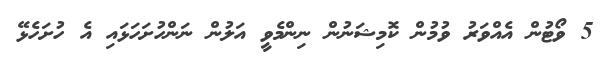
5 ވޯޓުން އެއްވަރު ވުމުން ކޮމިޝަނުން ނިންމެވީ އަލުން ނަންހުށަހަޅައި އެ ހުށަހެޅޭ